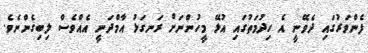
ފެންވަރުގައި ދެވޭނީ އެ ހިދުމަތުގައި އުޅޭ މީހުންނަށް ރަނގަޅު އާމްދަނީ އެއްވެސް ލިބިގެންނެވެ.